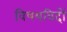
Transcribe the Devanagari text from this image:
विषयविदों